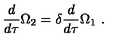
\frac { d } { d \tau } \Omega _ { 2 } = \delta \frac { d } { d \tau } \Omega _ { 1 } \ .